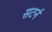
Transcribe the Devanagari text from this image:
सटर्न